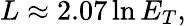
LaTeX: L\approx 2.07\ln E_{T},